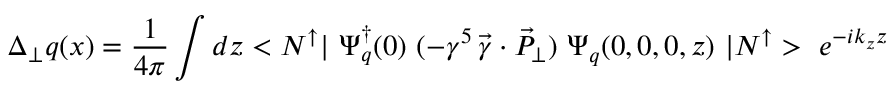
\Delta _ { \perp } q ( x ) = { \frac { 1 } { 4 \pi } } \int d z < N ^ { \uparrow } | \ \Psi _ { q } ^ { \dagger } ( 0 ) \ ( - \gamma ^ { 5 } \, \vec { \gamma } \cdot \vec { P } _ { \perp } ) \ \Psi _ { q } ( 0 , 0 , 0 , z ) \ | N ^ { \uparrow } > \ e ^ { - i k _ { z } z }